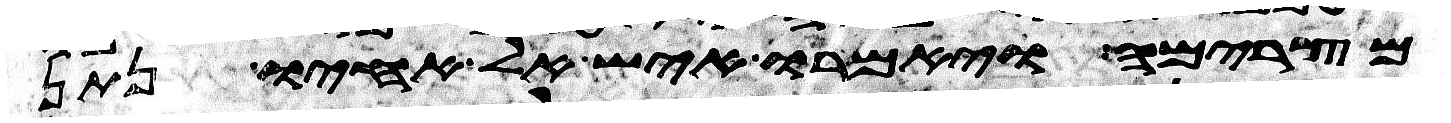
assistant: מצרימה ויאמרו איש אל אחיו נתן